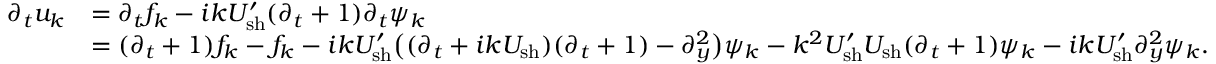
\begin{array} { r l } { \partial _ { t } u _ { k } } & { = \partial _ { t } f _ { k } - i k U _ { \mathrm { s h } } ^ { \prime } ( \partial _ { t } + 1 ) \partial _ { t } \psi _ { k } } \\ & { = ( \partial _ { t } + 1 ) f _ { k } - f _ { k } - i k U _ { \mathrm { s h } } ^ { \prime } \big ( ( \partial _ { t } + i k U _ { \mathrm { s h } } ) ( \partial _ { t } + 1 ) - \partial _ { y } ^ { 2 } \big ) \psi _ { k } - k ^ { 2 } U _ { \mathrm { s h } } ^ { \prime } U _ { \mathrm { s h } } ( \partial _ { t } + 1 ) \psi _ { k } - i k U _ { \mathrm { s h } } ^ { \prime } \partial _ { y } ^ { 2 } \psi _ { k } . } \end{array}